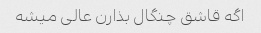
اگه قاشق چنگال بذارن عالی میشه